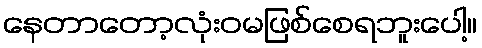
နေတာတော့လုံးဝမဖြစ်စေရဘူးပေါ့။